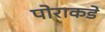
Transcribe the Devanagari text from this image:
पोराकडे